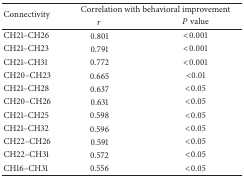
<table><thead><tr><td rowspan="2"><b>Connectivity</b></td><td colspan="2"><b>Correlation with behavioral improvement</b></td></tr><tr><td><b><i>r</i></b></td><td><b><i>P</i> value</b></td></tr></thead><tbody><tr><td>CH21–CH26</td><td>0.801</td><td>&lt;0.001</td></tr><tr><td>CH21–CH23</td><td>0.791</td><td>&lt;0.001</td></tr><tr><td>CH21–CH31</td><td>0.772</td><td>&lt;0.001</td></tr><tr><td>CH20–CH23</td><td>0.665</td><td>&lt;0.01</td></tr><tr><td>CH21–CH28</td><td>0.637</td><td>&lt;0.05</td></tr><tr><td>CH20–CH26</td><td>0.631</td><td>&lt;0.05</td></tr><tr><td>CH21–CH25</td><td>0.598</td><td>&lt;0.05</td></tr><tr><td>CH21–CH32</td><td>0.596</td><td>&lt;0.05</td></tr><tr><td>CH22–CH26</td><td>0.591</td><td>&lt;0.05</td></tr><tr><td>CH22–CH31</td><td>0.572</td><td>&lt;0.05</td></tr><tr><td>CH16–CH31</td><td>0.556</td><td>&lt;0.05</td></tr></tbody></table>